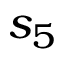
s _ { 5 }